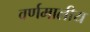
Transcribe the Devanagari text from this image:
वर्णमालीय